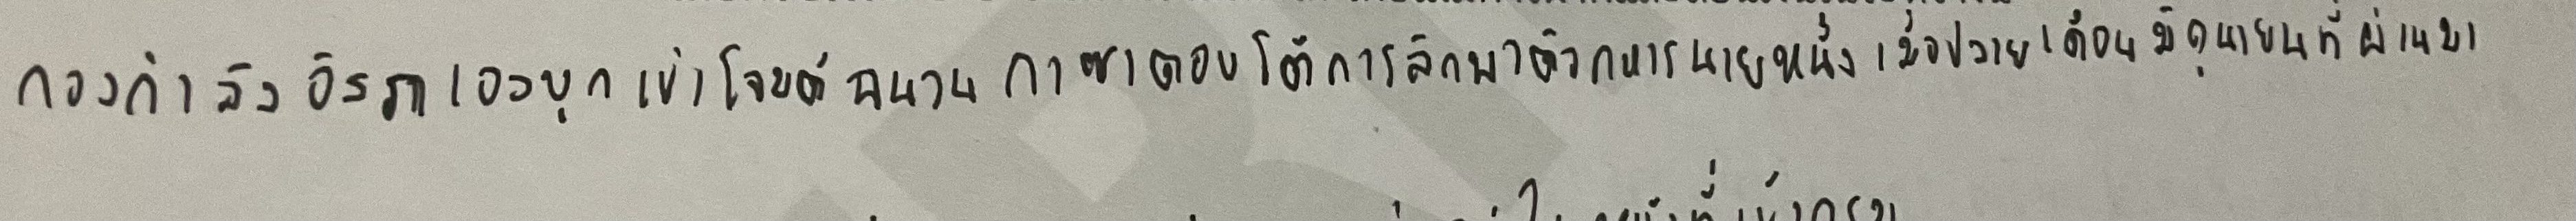
กองกำลังอิสราเอลบุกเข้าโจมตีฉนวนกาซาตอบโต้การลักพาตัวทหารนายหนึ่งเมื่อปลายเดือนมิถุนายนที่ผ่านมา